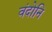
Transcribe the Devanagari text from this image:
वंदोनि